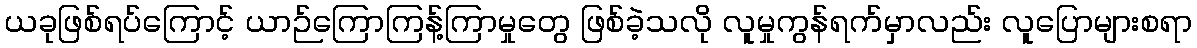
ယခုဖြစ်ရပ်ကြောင့် ယာဉ်ကြောကြန့်ကြာမှုတွေ ဖြစ်ခဲ့သလို လူမှုကွန်ရက်မှာလည်း လူပြောများစရာ